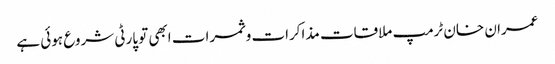
عمران خان ٹرمپ ملاقات مذاکرات و ثمرات ابھی تو پارٹی شروع ہوئی ہے